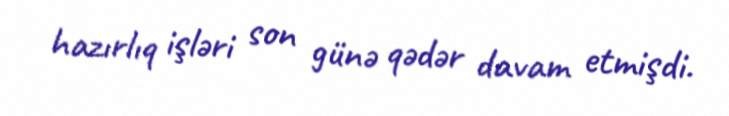
hazırlıq işləri son günə qədər davam etmişdi.